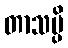
တာသမ္ပိ